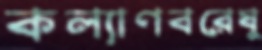
কল্যাণবরেষু